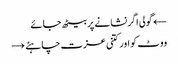
← گولی اگر نشانے پر بیٹھ جائے
ووٹ کو اور کتنی عزت چاہئے →